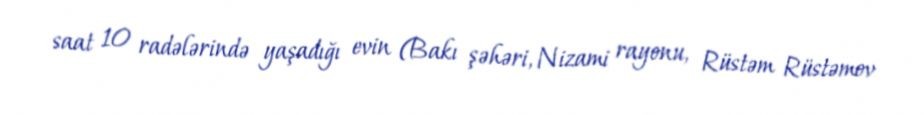
saat 10 radələrində yaşadığı evin (Bakı şəhəri, Nizami rayonu, Rüstəm Rüstəmov